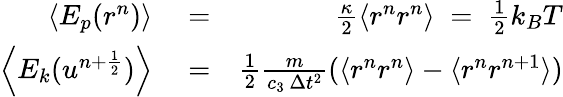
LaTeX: \begin{array}{rlr}{\left\langle E_{p}(r^{n})\right\rangle}&{{}=}&{\frac{\kappa}{2}\langle r^{n}r^{n}\rangle\; =\; \frac{1}{2}k_{B}T}\\ {\left\langle E_{k}(u^{n+\frac{1}{2}})\right\rangle}&{{}=}&{\frac{1}{2}\frac{m}{c_{3}\, \Delta{t}^{2}}(\langle r^{n}r^{n}\rangle-\langle r^{n}r^{n+1}\rangle)}\end{array}